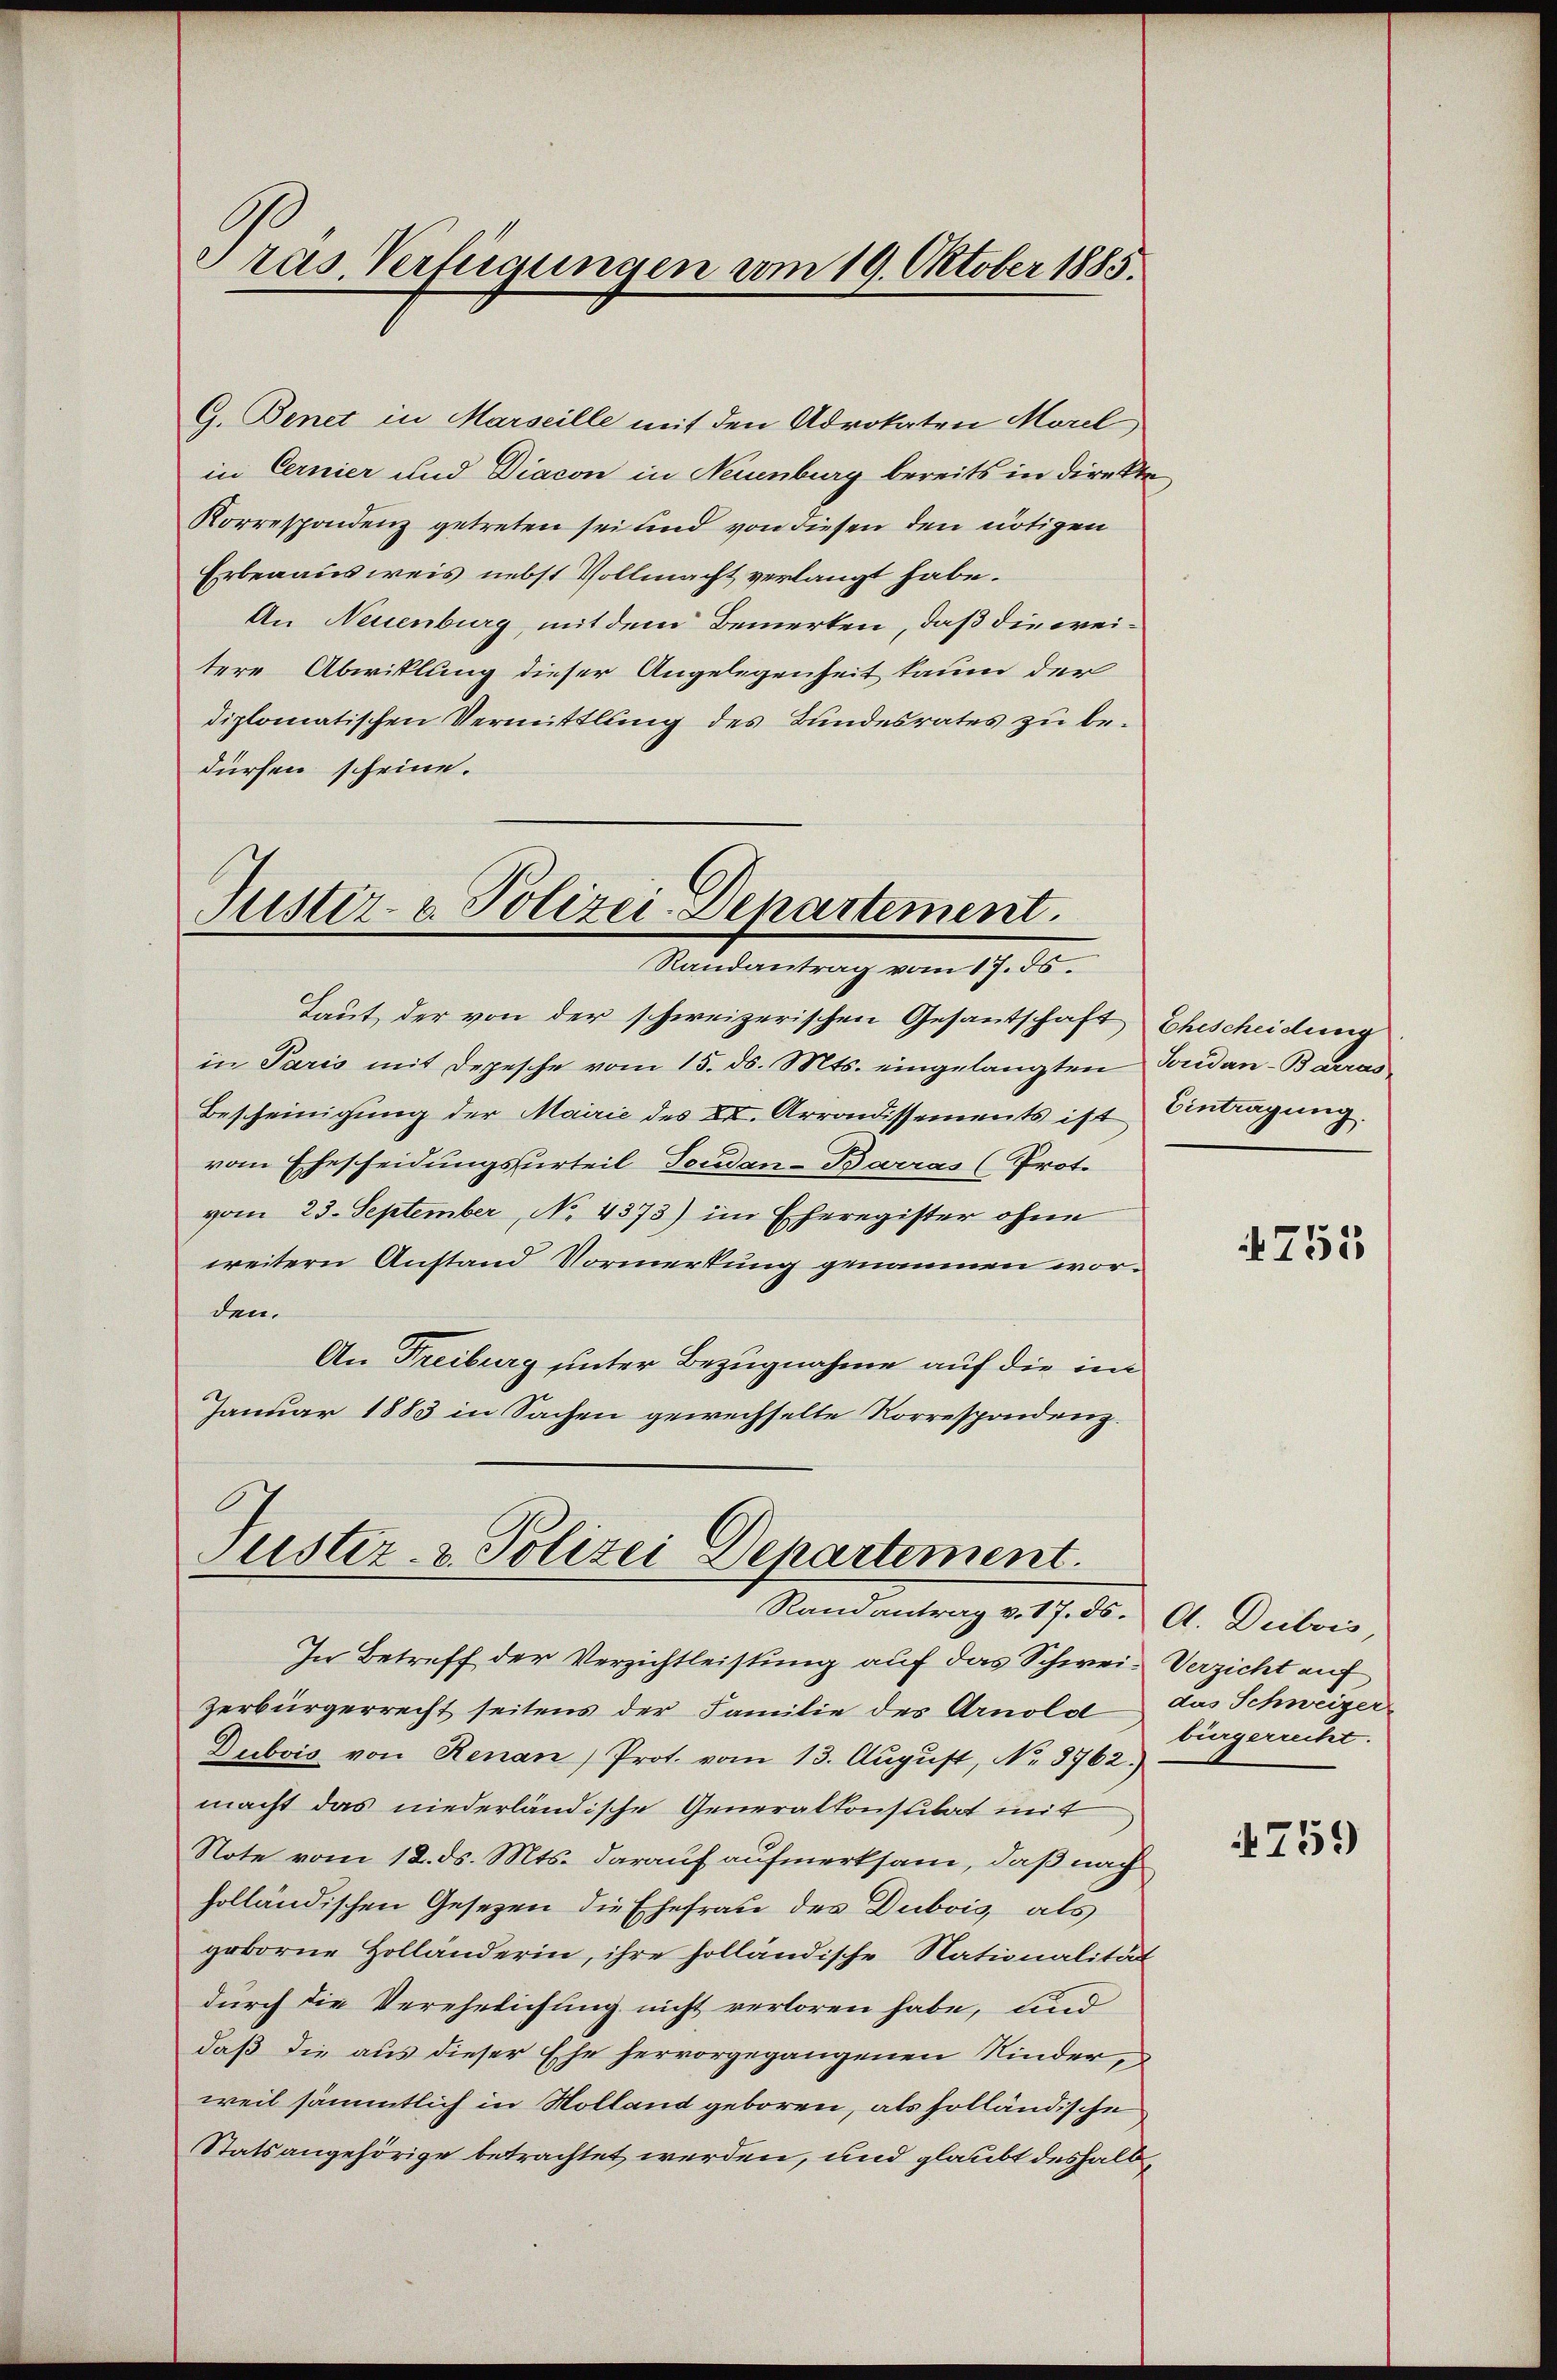
Pras Verfügungen vom 19. Oktober 1885.

G. Benet in Marseille mit den Advokaten Morel
in Cernier und Diacon in Neuenburg bereits in direkte
Korrespondenz getreten sei und von diesen den nötigen
Erbenausweis nebst Vollmacht verlangt habe.
An Neuenburg, mit dem Bemerken, daß die weitere Abwitlung dieser Angelegenheit kaum der
diplomatischen Vermittlung des Bundesrates zu bedürfen scheine.

Justiz- & Polizei-Departement.
Randantrag vom 17. ds.

Laut der von der schweizerischen Gesantschaft Ehescheidung
in Paris mit Depesche vom 15. ds. Mts. eingelangten Jordan-Barras
Bescheinigung der Mairie des XI. Arrondissements ist Antragung.
vom Ehescheidungsurteil Feudan-Barras (Prot.
vom 23. September, No 4373) im Eheregister ohne
weitern Anstand Vormerkung genommen worden.
An Freiburg unter Bezugnahme auf die im
Januar 1883 in Sachen gewechselte Korrespondenz.

Justiz- & Polizei Departement.
Randantrag v. 17. ds. A. Dubois,

In Betreff der Verzichtleistung auf das Schwei- Verzicht auf
zerbürgerrecht seitens der Familie des Arnolol das Schweizer
Dubois von Renan Prot. vom 13. Aŭgŭst, No. 8762.)
macht das niederländische Generalkonsulat mit
Note vom 12. ds. Mts. darauf aufmerksam, daß nach
holländischen Gesetzen die Ehefrau des Dubois, als
geborne Holländerin, ihre holländische Nationalität
durch die Verehelichung nicht verloren habe, und
daß die aus dieser Ehe hervorgegangenen Kinderweil sämmtlich in Kolland geboren, als solländische
Statsangehörige betrachtet werden, und glaubt deshalb¬

4755

bürgerrecht.

4759